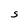
Character: S